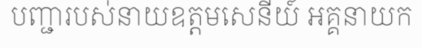
បញ្ជារបស់នាយឧត្តមសេនីយ៍ អគ្គនាយក